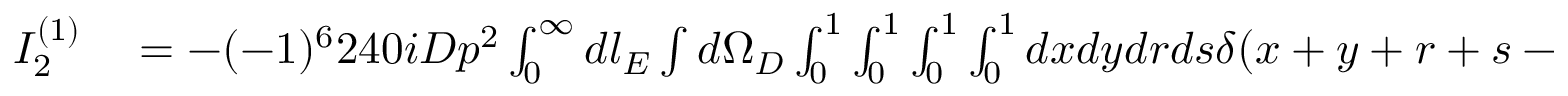
\begin{array} { r l } { I _ { 2 } ^ { ( 1 ) } } & { { } = - ( - 1 ) ^ { 6 } 2 4 0 i D p ^ { 2 } \int _ { 0 } ^ { \infty } d l _ { E } \int d \Omega _ { D } \int _ { 0 } ^ { 1 } \int _ { 0 } ^ { 1 } \int _ { 0 } ^ { 1 } \int _ { 0 } ^ { 1 } d x d y d r d s \delta ( x + y + r + s - 1 ) } \end{array}